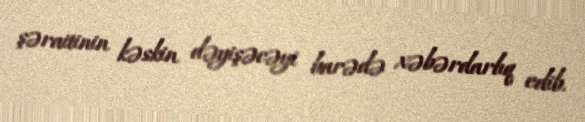
şəraitinin kəskin dəyişəcəyi barədə xəbərdarlıq edib.